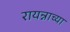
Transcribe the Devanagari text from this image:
रायन्नाच्या